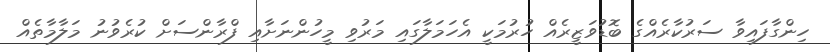
ހިންގާފައިވާ ސަރުކާރެއްގެ ބޮޑުވަޒީރެއް ހުރުމަކީ އެހަމަލާގައި މަރުވި މީހުންނަށާއި ފްރާންސަށް ކުރެވުނު މަލާމާތެއް